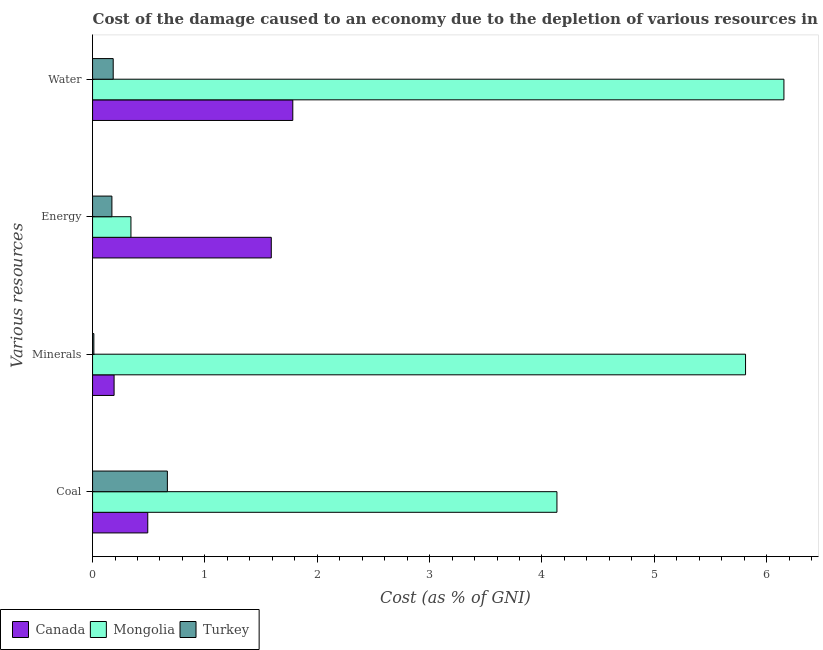
| Various resources | Canada | Mongolia | Turkey |
 | --- | --- | --- | --- |
 | Coal | 0.491 | 4.13 | 0.666 |
 | Minerals | 0.192 | 5.81 | 0.0115 |
 | Energy | 1.59 | 0.342 | 0.172 |
 | Water | 1.78 | 6.15 | 0.184 |